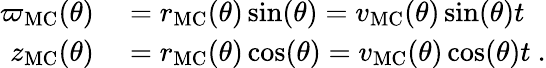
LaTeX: \begin{array}{rl}{\varpi_{\mathrm{MC}}(\theta)}&{{}=r_{\mathrm{MC}}(\theta)\sin(\theta)=v_{\mathrm{MC}}(\theta)\sin(\theta)t}\\ {z_{\mathrm{MC}}(\theta)}&{{}=r_{\mathrm{MC}}(\theta)\cos(\theta)=v_{\mathrm{MC}}(\theta)\cos(\theta)t\ .}\end{array}